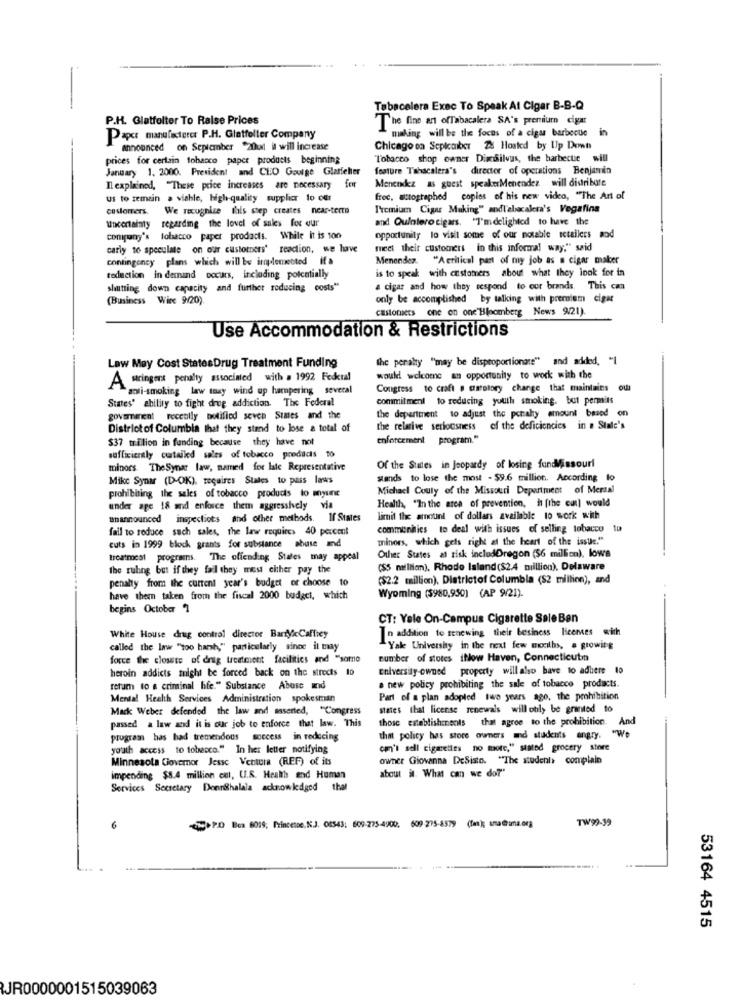
Tabacelera Exec To Speak At Cigar B-B-Q
P.H. Glatfelter To Raise Prices
The fine art ofTabacalera SA's premium cigar
making will be the focus of a cigar barbecue in
Pap manufacturer P.H. Glatfelter Company
Announced on September "20cal il will increase
Chicago on Sepicoiber Di Hosted by Up Down
prices for certain tobacco paper products beginning
Tobacco shop owner Dimsilvus, the barbecue will
January 1. 2000. President and CEO Goulge Glatfelter
feature Tabacalera's director of operations Benjamin
Menendez as guest speakerMenendez will distribute
Il explained, "These price increases are necessary for
us to remain a viable, high-quality supplier to our
frec, autographed copies of his new video, "The Art of
customers. We recognize fais step creates near-terre
Premium Cigar Making" andl'abacalera's Vegafina
uncertainty regarding the level of sales for our
and Quintero cigars. "I'mdelighted to have the
company's tobacco paper products. While it is 100
opportunity lo visit some of our notable retailers mod
carly to speculate on our customers' readion, we have
meet their customers in this informal way," said
contingency plans which will be implemented ifa
Menendez. "Acritical part of my job as a cigar maker
is to speak with customers about what they look for in
reduction in demand occurs, including potentially
shutting down capacity and further reducing costs"
& cigar and how they respond to our brands. This can
(Business Wire 9/20).
only be accomplished by talking with premium cigar
castoniets one on one'Bloomberg News 9/21).
Use Accommodation & Restrictions
the peralty "may be disproportionate" and added, "1
Law Mey Cost StatesDrug Treatment Funding
A stringent penalty associated with # 1992 Federal
would welcome an opportunity to work with the
ani-smoking law toxy wind up hampering several
Congress to craft . carstory change that maintains
States' ability to fight drug addiction. The Federal
commitment to reducing youth smoking. but permits
the department to adjust the penalty amount based on
goverment receolly notified seven Simes and the
Districtof Columbia that they stand to lose a total of
the relarive seriousness
of the deficiencies in . Stale's
$37 trillion in funding because they have not
enforcement program."
sufficiently curtailed sales of tobacco products to
minors The Synar law, named for late Representative
Of the States in jeopardy of losing fundMissouri
Mike Synar (D-OK), requires Stales to pass laws
stands to lose the most - $9.6 million. According to
Michael Couty of the Missouri Department of Mersal
prohibiting the sales of tobacco products to anyune
Health, "In the area of prevention, in [the cat] would
under age 18 and enforce them aggresshely via
unannounced inspectiots and other methods. If States
limit the amount of dollars available to work with
fail to reduce such sales, the law requires 40 percent
communities to deal with issues of selling tobacco tu
minors, which gels right at the heart of the issue."
cuts in 1999 block grants for substance abuse and
Other States at risk includOregon (56 million), lows
treatmeat programs. The offending States may appeal
the ruling but if they fail they mest either pay the
(SS million), Rhode Island($2.4 million), Delaware
penalty from the current year's budget or choose to
($2.2 million), Districtof Columbia (S2 million), and
Wyoming ($980,950) (AP 9/21).
have them taken from the fiscal 2000 budget, which
begins October 7
CT: Vale On-Campus Cigarette SaleBen
In addition to renewing their besincss licences with
White House drug control director BarryicCaffrey
called the law "too harsh," particularly sinoe il tay
Yale University in the next few months, a growing
force the closste of drug treatment facilities and "somne
number of stotes ihlow Haven, Connecticut
heroin addicts might be forced back on the streets 10
Eniversity-owned property will also have to adhere 10
retum to a criminal hife." Substance Abuse and
a new policy prohibiting the sale of tobacco products.
Mental Health Services Administration spokesman
Part of a plan adopted two years ago, the prohibition
Mack Weber defended the law and asserted, "Congress
states that license renewals will only be granted to
passed a law and it is our job to enforce that law. This
those establishments that agree to the prohibition. And
program has had tremendous success in reducing
that policy has store owners and students angry. "We
youth access to tobacco." In her letter notifying
cm'i sell cigarettes no more," stated grocery store
Minnesota Governor Jesse Ventura (REF) of its
owner Giovanna DeSiste. "The student> complain
about it. What can we do?"
impending $8.4 million ciel, U.R. Health and Human
Services Secretary DeerShalala acknowledged that
TW99-39
6
PO Box 6019; Princesse, N.J. 08543: 609-275-4900. 609:275-8379 (fin); wna@uma.org
53164 4515
JR0000001515039063